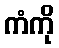
ကံကို